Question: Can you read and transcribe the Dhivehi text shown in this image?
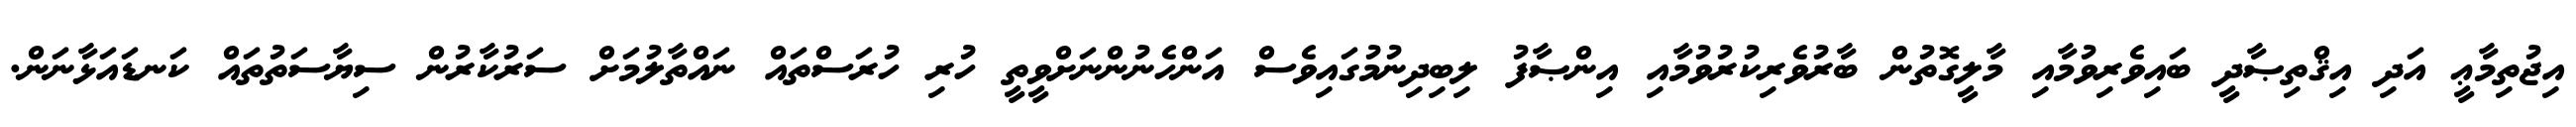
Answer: އިޖުތިމާޢީ އަދި އިޤްތިޞާދީ ބައިވެރިވުމާއި މާލީގޮތުން ބާރުވެރިކުރުވުމާއި އިންޞާފު ލިބިދިނުމުގައިވެސް އަންހެނުންނަށްވީތީ ހުރި ހުރަސްތައް ނައްތާލުމަށް ސަރުކާރުން ސިޔާސަތުތައް ކަނޑައަޅާނަން.